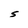
Character: S